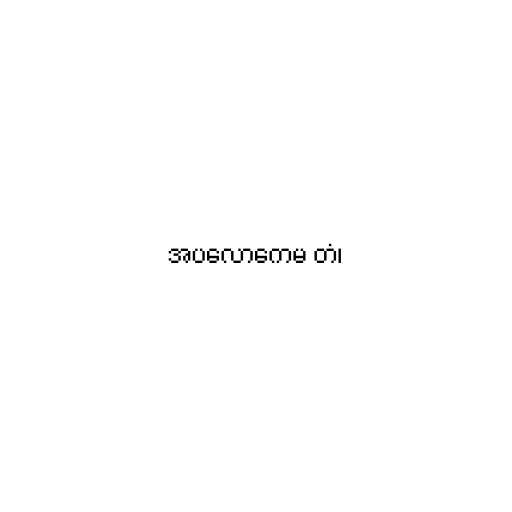
အပလောကေမ တံ၊